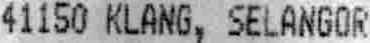
41150 KLANG, SELANGOR